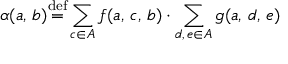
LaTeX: \alpha ( a , \, b ) { \stackrel { \mathrm { d e f } } { = } } \displaystyle \sum _ { c \in A } f ( a , \, c , \, b ) \cdot \sum _ { d , \, e \in A } g ( a , \, d , \, e )